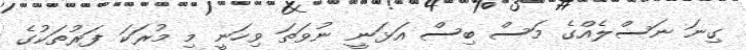
ގިނަ ނަސްލެއްގެ މަސް ބިސް އަޅަނީ ނުވަތަ ވިހަނީ މި މުރަކަ ފަރުތަކުގެ